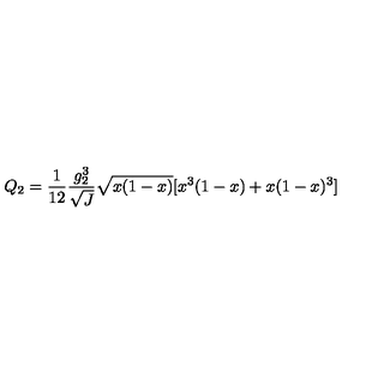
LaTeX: Q _ { 2 } = \frac { 1 } { 1 2 } \frac { g _ { 2 } ^ { 3 } } { \sqrt { J } } \sqrt { x ( 1 - x ) } [ x ^ { 3 } ( 1 - x ) + x ( 1 - x ) ^ { 3 } ]